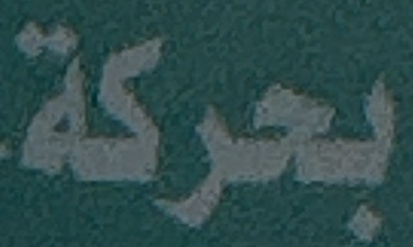
بحركة